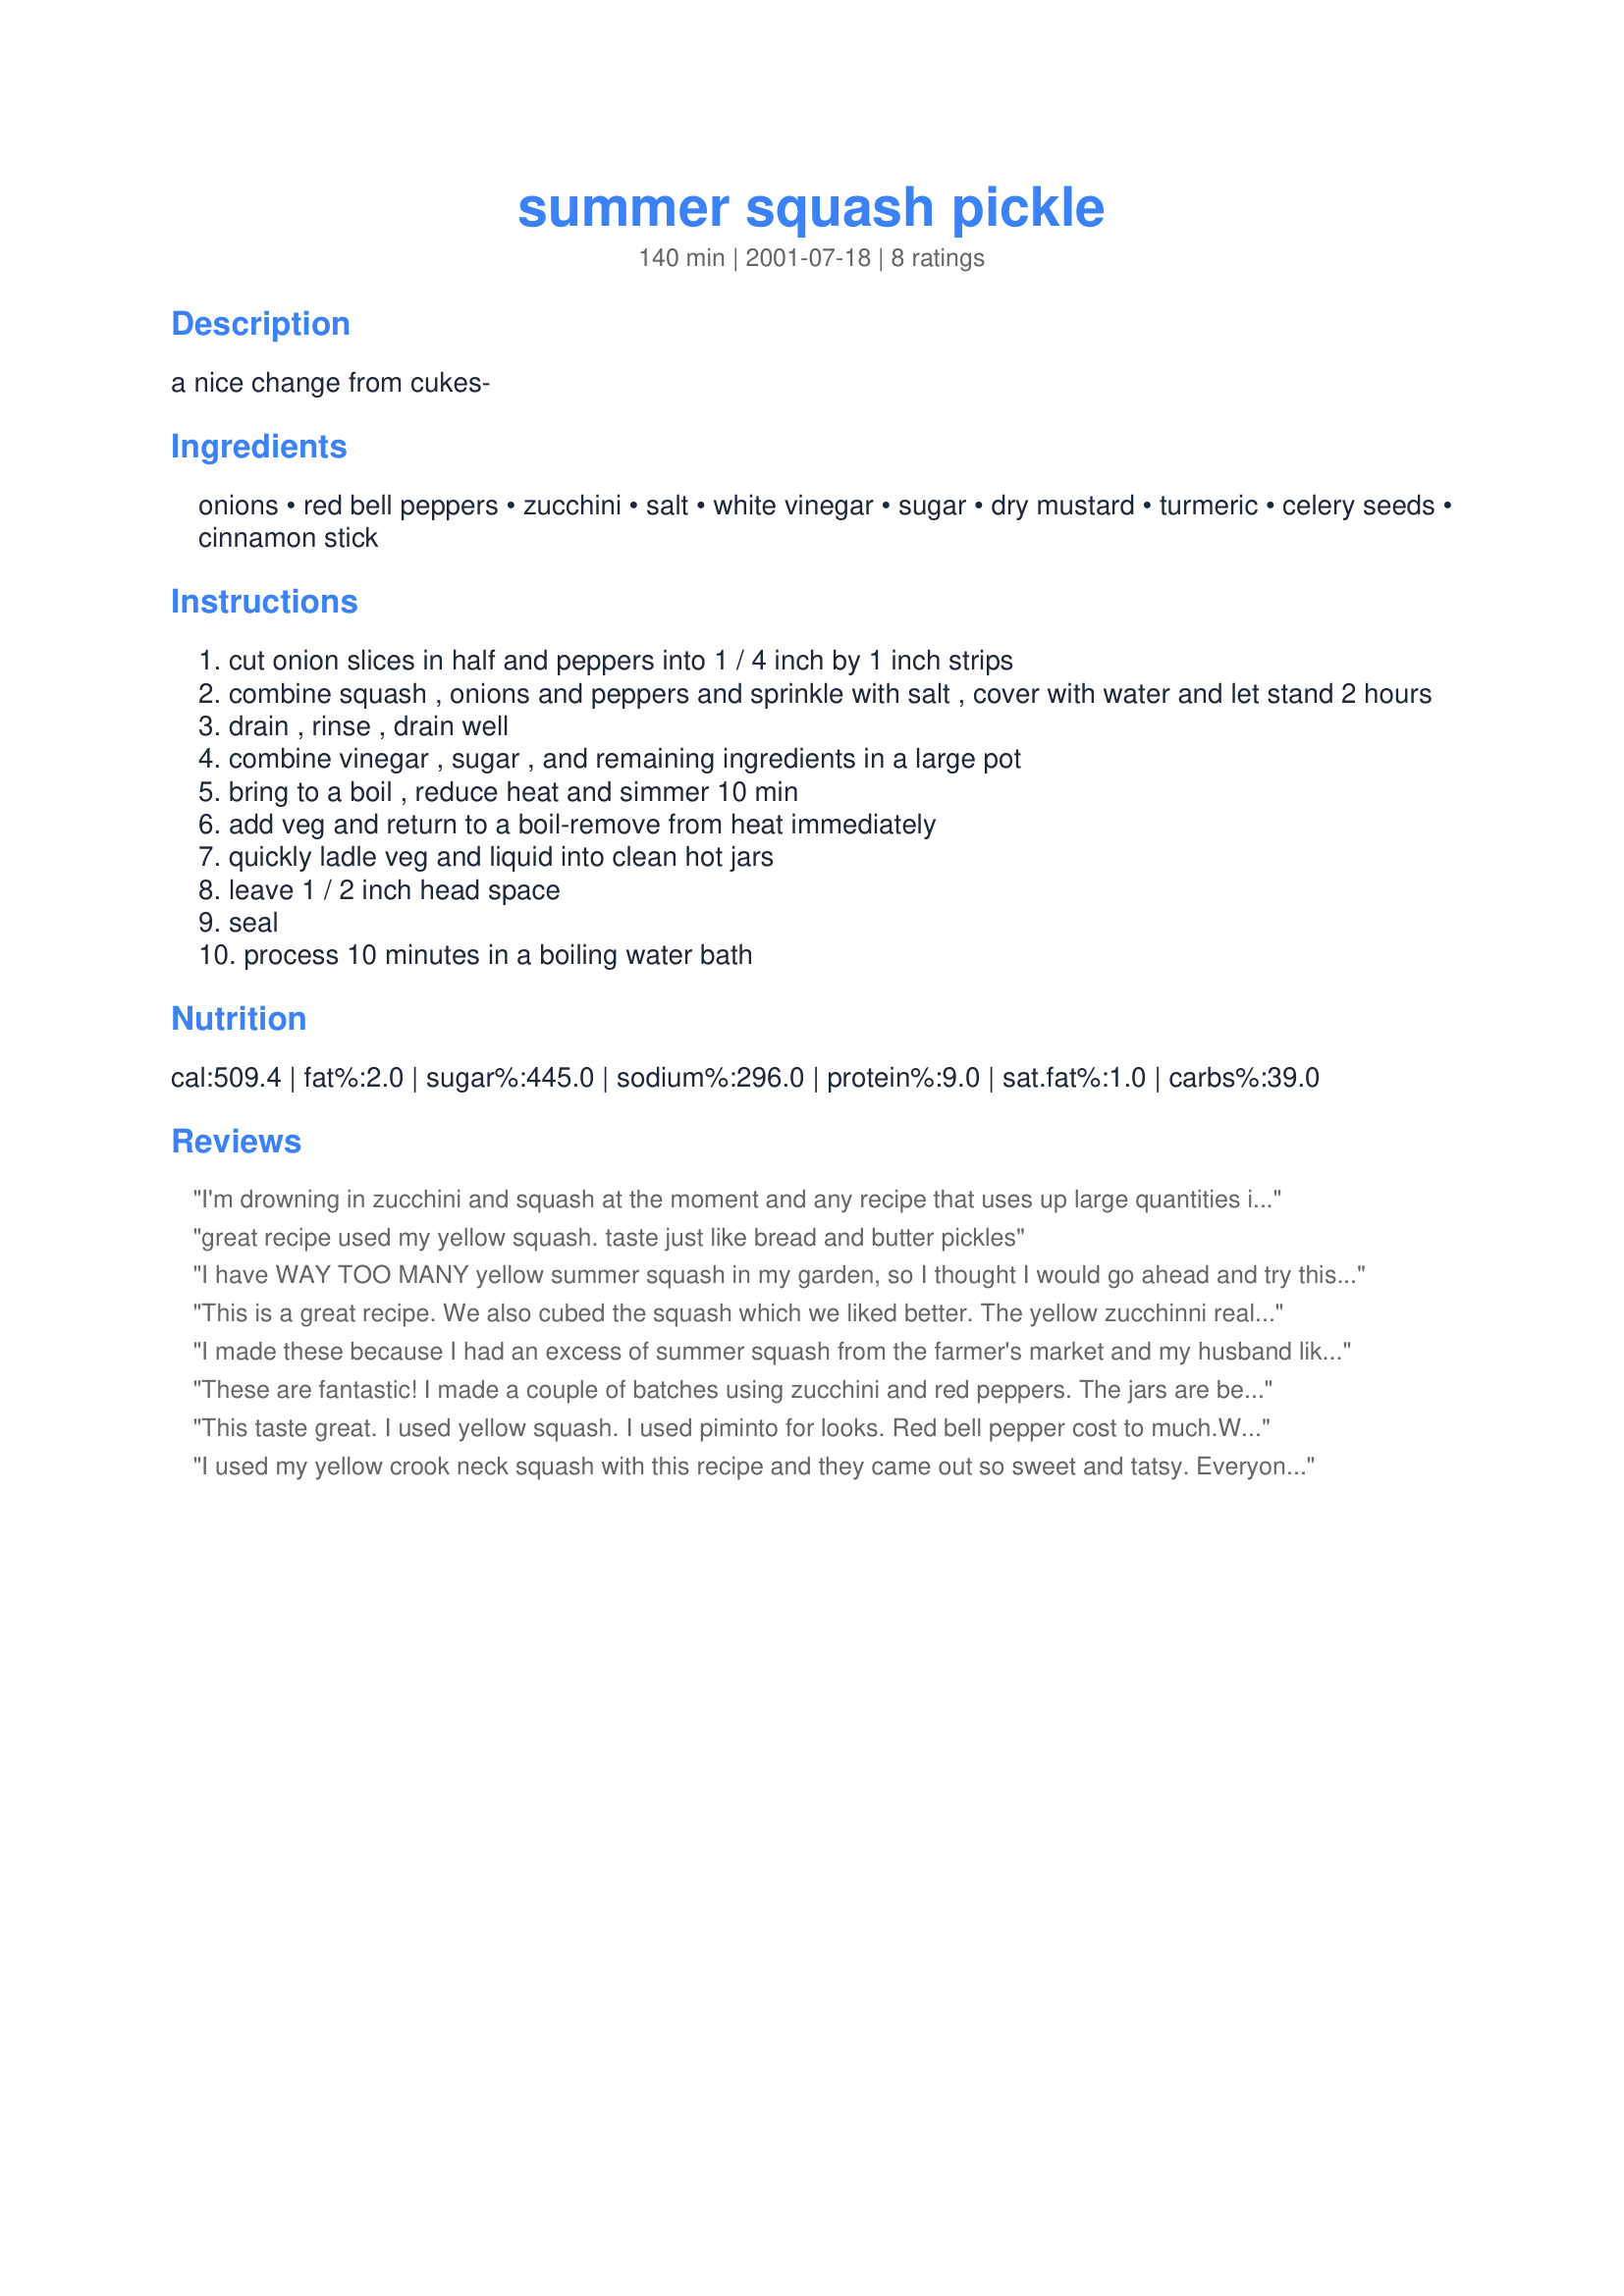
summer squash pickle
Preparation time: 140 minutes

a nice change from cukes-

Ingredients:
onions, red bell peppers, zucchini, salt, white vinegar, sugar, dry mustard, turmeric, celery seeds, cinnamon stick

Steps:
cut onion slices in half and peppers into 1 / 4 inch by 1 inch strips
combine squash , onions and peppers and sprinkle with salt , cover with water and let stand 2 hours
drain , rinse , drain well
combine vinegar , sugar , and remaining ingredients in a large pot
bring to a boil , reduce heat and simmer 10 min
add veg and return to a boil-remove from heat immediately
quickly ladle veg and liquid into clean hot jars
leave 1 / 2 inch head space
seal
process 10 minutes in a boiling water bath

Reviews:
I'm drowning in zucchini and squash at the moment and any recipe that uses up large quantities is a life saver. This looks great in the jar and has good flavour. Would definately make this again. Thanks! Allie
great recipe used my yellow squash. taste just like bread and butter pickles
I have WAY TOO MANY yellow summer squash in my garden, so I thought I would go ahead and try this recipe. I'm a first time canner, so I was a little nervous, but WOW! These are so good. I will be making these every year, seeing that I always over plant and have way to many yellow squash. Thanks so much!
This is a great recipe. We also cubed the squash which we liked better. The yellow zucchinni really worked well. Thanks
I made these because I had an excess of summer squash from the farmer's market and my husband likes bread and butter pickles. So far, he's eaten two jars. Super easy to make, the only thing I didn't do was soak the squash in salted water. Instead, I salted it, let it sit for 30 minutes, and patted it dry with a towel to get rid of excess moisture and allow it to soak up more brine. Good stuff.
These are fantastic! I made a couple of batches using zucchini and red peppers. The jars are beautiful to look at and what%u2019s inside is delicious. My DH proclaimed them better than %u201Creal pickles.%u201D And the peppers and onions are tasty on burgers or in egg salad. Easy to make, too! Will definitely be making these again next year.
 This taste great. I used yellow squash. I used piminto for looks. Red bell pepper cost to much.We have the green peppers in the garden. Thanks for sharing.
I used my yellow crook neck squash with this recipe and they came out so sweet and tatsy. Everyone is getting a jar of these for Christmas this year!
